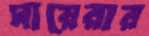
সায়েরার